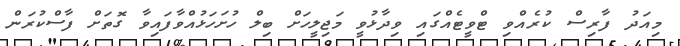
މިއަދު ފާރިސް ކުރެއްވި ޓްވީޓެއްގައި ވިދާޅުވީ މަޖިލީހަށް ބިލް ހުށަހަޅުއްވާފައިވާ ގޮތަށް ފާސްކުރަން